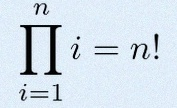
\prod_{i=1}^{n}i=n!